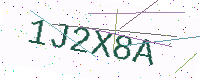
Text: 1J2X8A